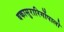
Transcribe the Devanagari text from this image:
बकासुरारिर्गोपालो